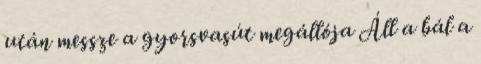
után messze a gyorsvasút megállója Áll a bál a